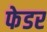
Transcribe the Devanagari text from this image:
फेडर